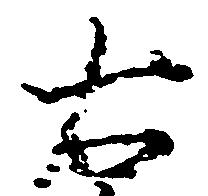
右